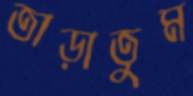
তাড়াতুম